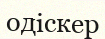
одіскер